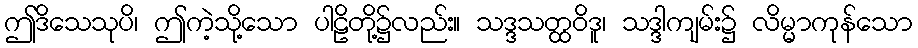
ဤဒိသေသုပိ၊ ဤကဲ့သို့သော ပါဠိတို့၌လည်း။ သဒ္ဒသတ္ထဝိဒူ၊ သဒ္ဒါကျမ်း၌ လိမ္မာကုန်သော